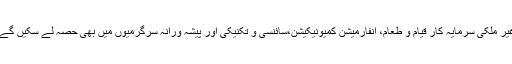
غیر ملکی سرمایہ کار قیام و طعام، انفارمیشن کمیونیکیشن،سائنسی و تکنیکی اور پیشہ ورانہ سرگرمیوں میں بھی حصہ لے سکیں گے۔